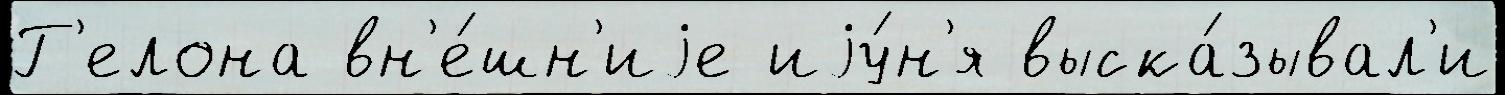
Г'елона вн'е́шн'иjе иjу́н'я выска́зывал'и